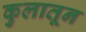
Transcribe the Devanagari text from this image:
कुलातून